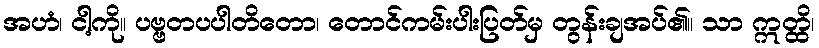
အဟံ၊ ငါ့ကို။ ပဗ္ဗတပပါတိတော၊ တောင်ကမ်းပါးပြတ်မှ တွန်းချအပ်၏။ သာ ဣတ္ထိ၊